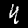
Label: 4